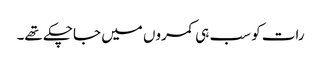
رات کو سب ہی کمروں میں جاچکے تھے۔